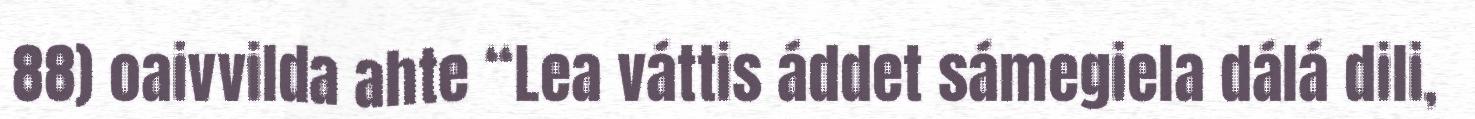
88) oaivvilda ahte “Lea váttis áddet sámegiela dálá dili,